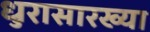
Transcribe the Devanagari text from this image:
धुरासारख्या